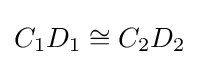
C_{1}D_{1}\cong C_{2}D_{2}